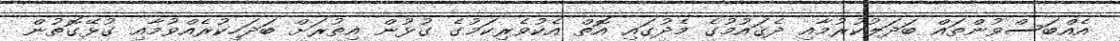
އެއްބަސްވުންތައް ބަދަލުކުރުމާއި ދެޤައުމުގެ މެދުގައި އޮތް އެކުވެރިކަމުގެ ގުޅުން އިތުރަށް ބަދަހިކުރެއްވުމާއި ގުޅޭގޮތުން